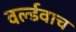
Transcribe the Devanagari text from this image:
वर्ल्डवाच